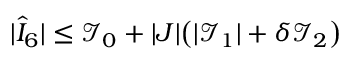
| \hat { I } _ { 6 } | \le \mathcal { I } _ { 0 } + | J | \bigl ( | \mathcal { I } _ { 1 } | + \delta \mathcal { I } _ { 2 } \bigr )